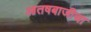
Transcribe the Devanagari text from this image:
आतषबाजीचा